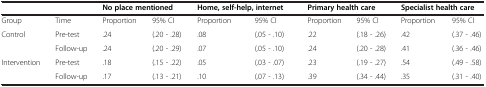
|  |  | <COLSPAN=2> No place mentioned | <COLSPAN=2> Home, self-help, internet | <COLSPAN=2> Primary health care | <COLSPAN=2> Specialist health care |
 | --- | --- | --- | --- | --- | --- | --- | --- | --- | --- |
 | Group | Time | Proportion | 95% CI | Proportion | 95% CI | Proportion | 95% CI | Proportion | 95% CI |
 | <ROWSPAN=2> Control | Pre-test | .24 | (.20 - .28) | .08 | (.05 - .10) | .22 | (.18 - .26) | .42 | (.37 - .46) |
 | Follow-up | .24 | (.20 - .29) | .07 | (.05 - .10) | .24 | (.20 - .28) | .41 | (.36 - .46) |
 | <ROWSPAN=2> Intervention | Pre-test | .18 | (.15 - .22) | .05 | (.03 - .07) | .23 | (.19 - .27) | .54 | (.49 - .58) |
 | Follow-up | .17 | (.13 - .21) | .10 | (.07 - .13) | .39 | (.34 - .44) | .35 | (.31 - .40) |